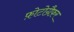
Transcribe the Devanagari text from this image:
फ़ोटोग्रैफ़र